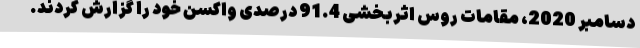
دسامبر 2020، مقامات روس اثربخشی 91.4 درصدی واکسن خود را گزارش کردند.